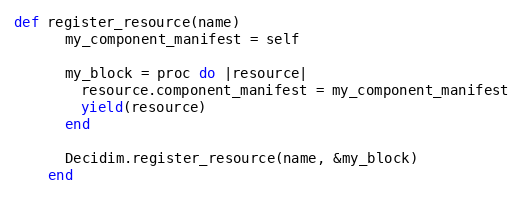
Language: Ruby
def register_resource(name)
      my_component_manifest = self

      my_block = proc do |resource|
        resource.component_manifest = my_component_manifest
        yield(resource)
      end

      Decidim.register_resource(name, &my_block)
    end